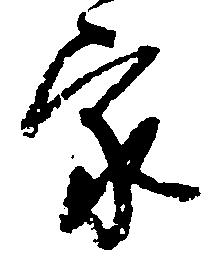
家